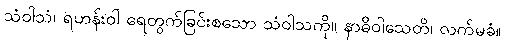
သံဝါသံ၊ ရဟန်းဝါ ရေတွက်ခြင်းစသော သံဝါသကို။ နာဓိဝါသေတိ၊ လက်မခံ။